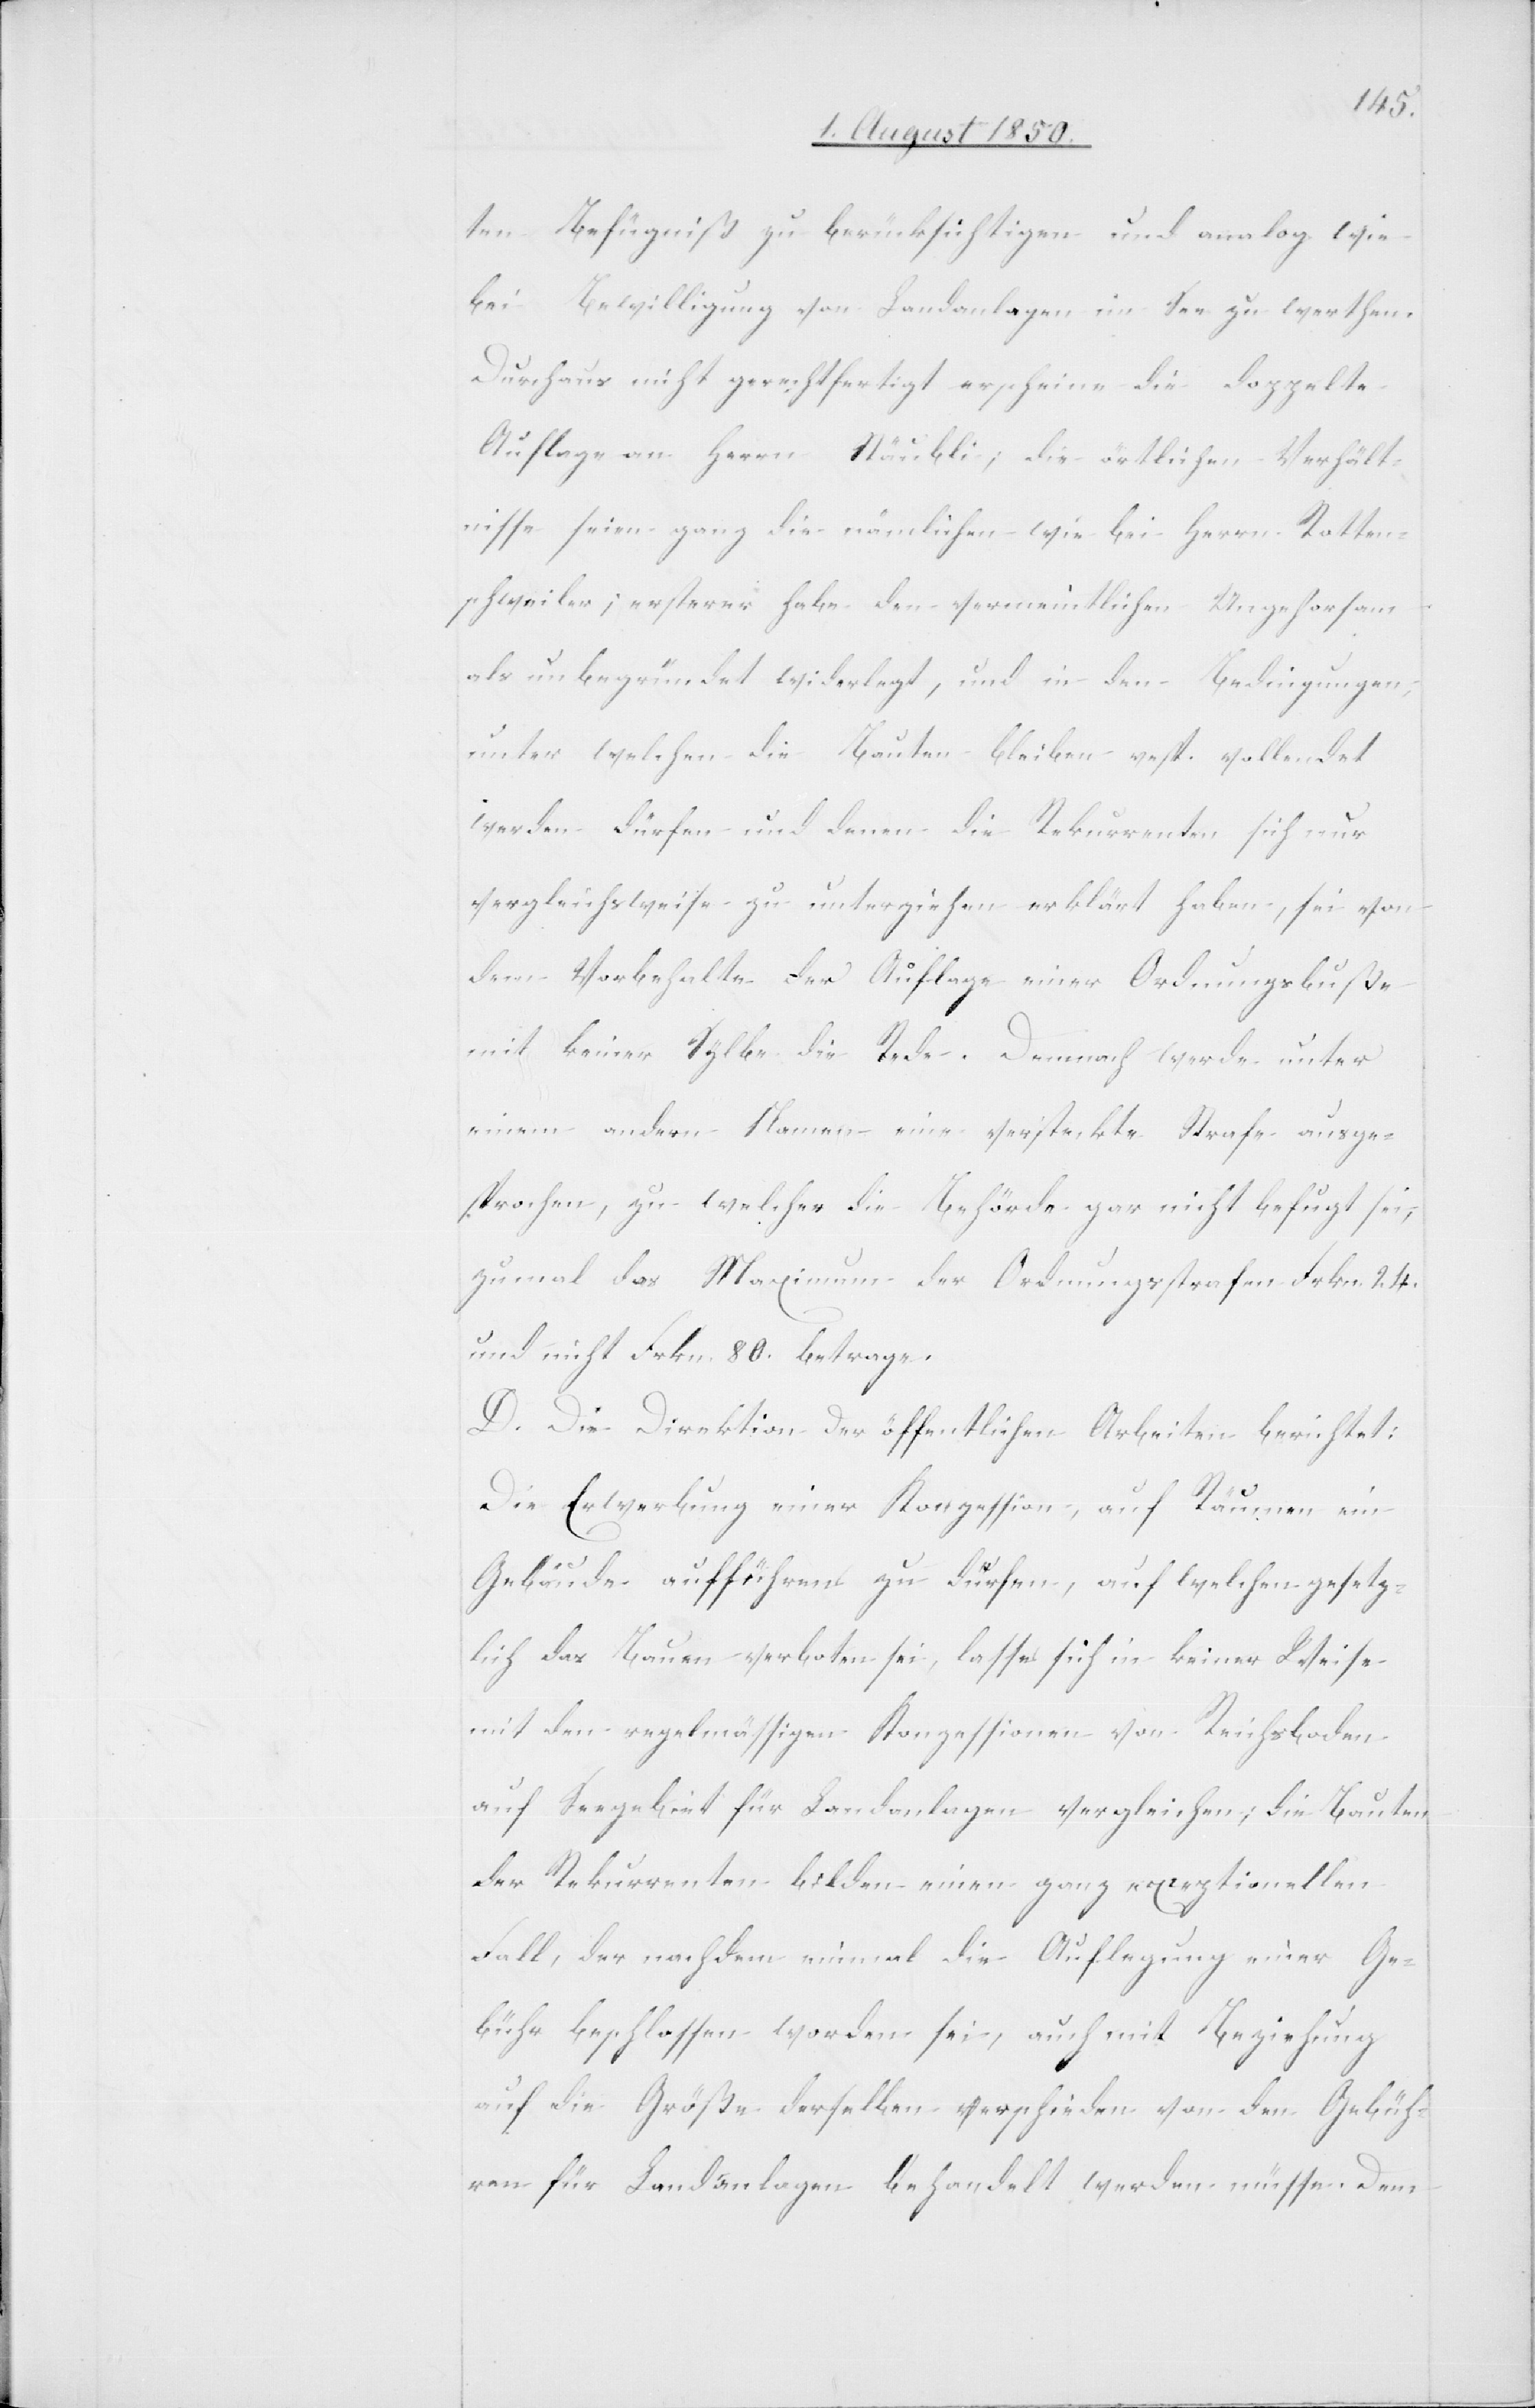
ten Befügniß zu berücksichtigen und analog wie
bei Bewilligung von Landanlagen im See zu werthen.
Durchaus nicht gerechtfertigt erscheine die doppelte
Auflage an Herrn Stäubli, die örtlichen Verhält¬
nisse seien ganz die nämlichen wie bei Herrn Rotten¬
schweiler; ersterer habe den vermeintlichen Ungehorsam
als unbegründet widerlegt, und in den Bedingungen,
unter welchen die Bauten bleiben resp. vollendet
werden dürfen und denen die Rekurrenten sich nur
vergleichsweise zu unterziehen erklärt haben, sei von
dem Vorbehalte der Auflage einer Ordnungsbuße
mit keiner Sylbe die Rede. Demnach werde unter
einem andern Namen eine versteckte Strafe ausge¬
sprochen, zu welcher die Behörde gar nicht befugt sei;
zumal das Maximum der Ordnungsstrafen Frkn. 24.
und nicht Frkn. 80. betrage.
D. Die Direktion der öffentlichen Arbeiten berichtet:
Die Erwerbung einer Konzession, auf Räumen ein
Gebäude aufführen zu dürfen, auf welchen gesetz¬
lich das Bauen verboten sei, lasse sich in keiner Weise
mit den regelmässigen Konzessionen von Reichsboden
auf Seegebiet für Landanlagen vergleichen; die Bauten
der Rekurrenten bilden einen ganz exceptionellen
Fall, der nachdem einmal die Auflegung einer Ge¬
bühr beschlossen worden sei, auch mit Beziehung
auf die Größe derselben verschieden von den Gebüh¬
ren für Landanlagen behandelt werden müssen. Dem